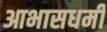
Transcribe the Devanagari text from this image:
आभासधर्मी